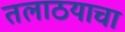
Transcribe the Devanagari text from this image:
तलाठयाचा